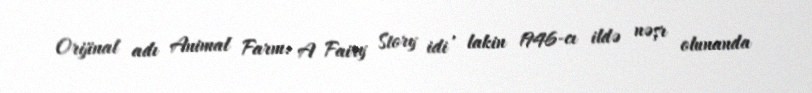
Orijinal adı Animal Farm: A Fairy Story idi , lakin 1946-cı ildə nəşr olunanda